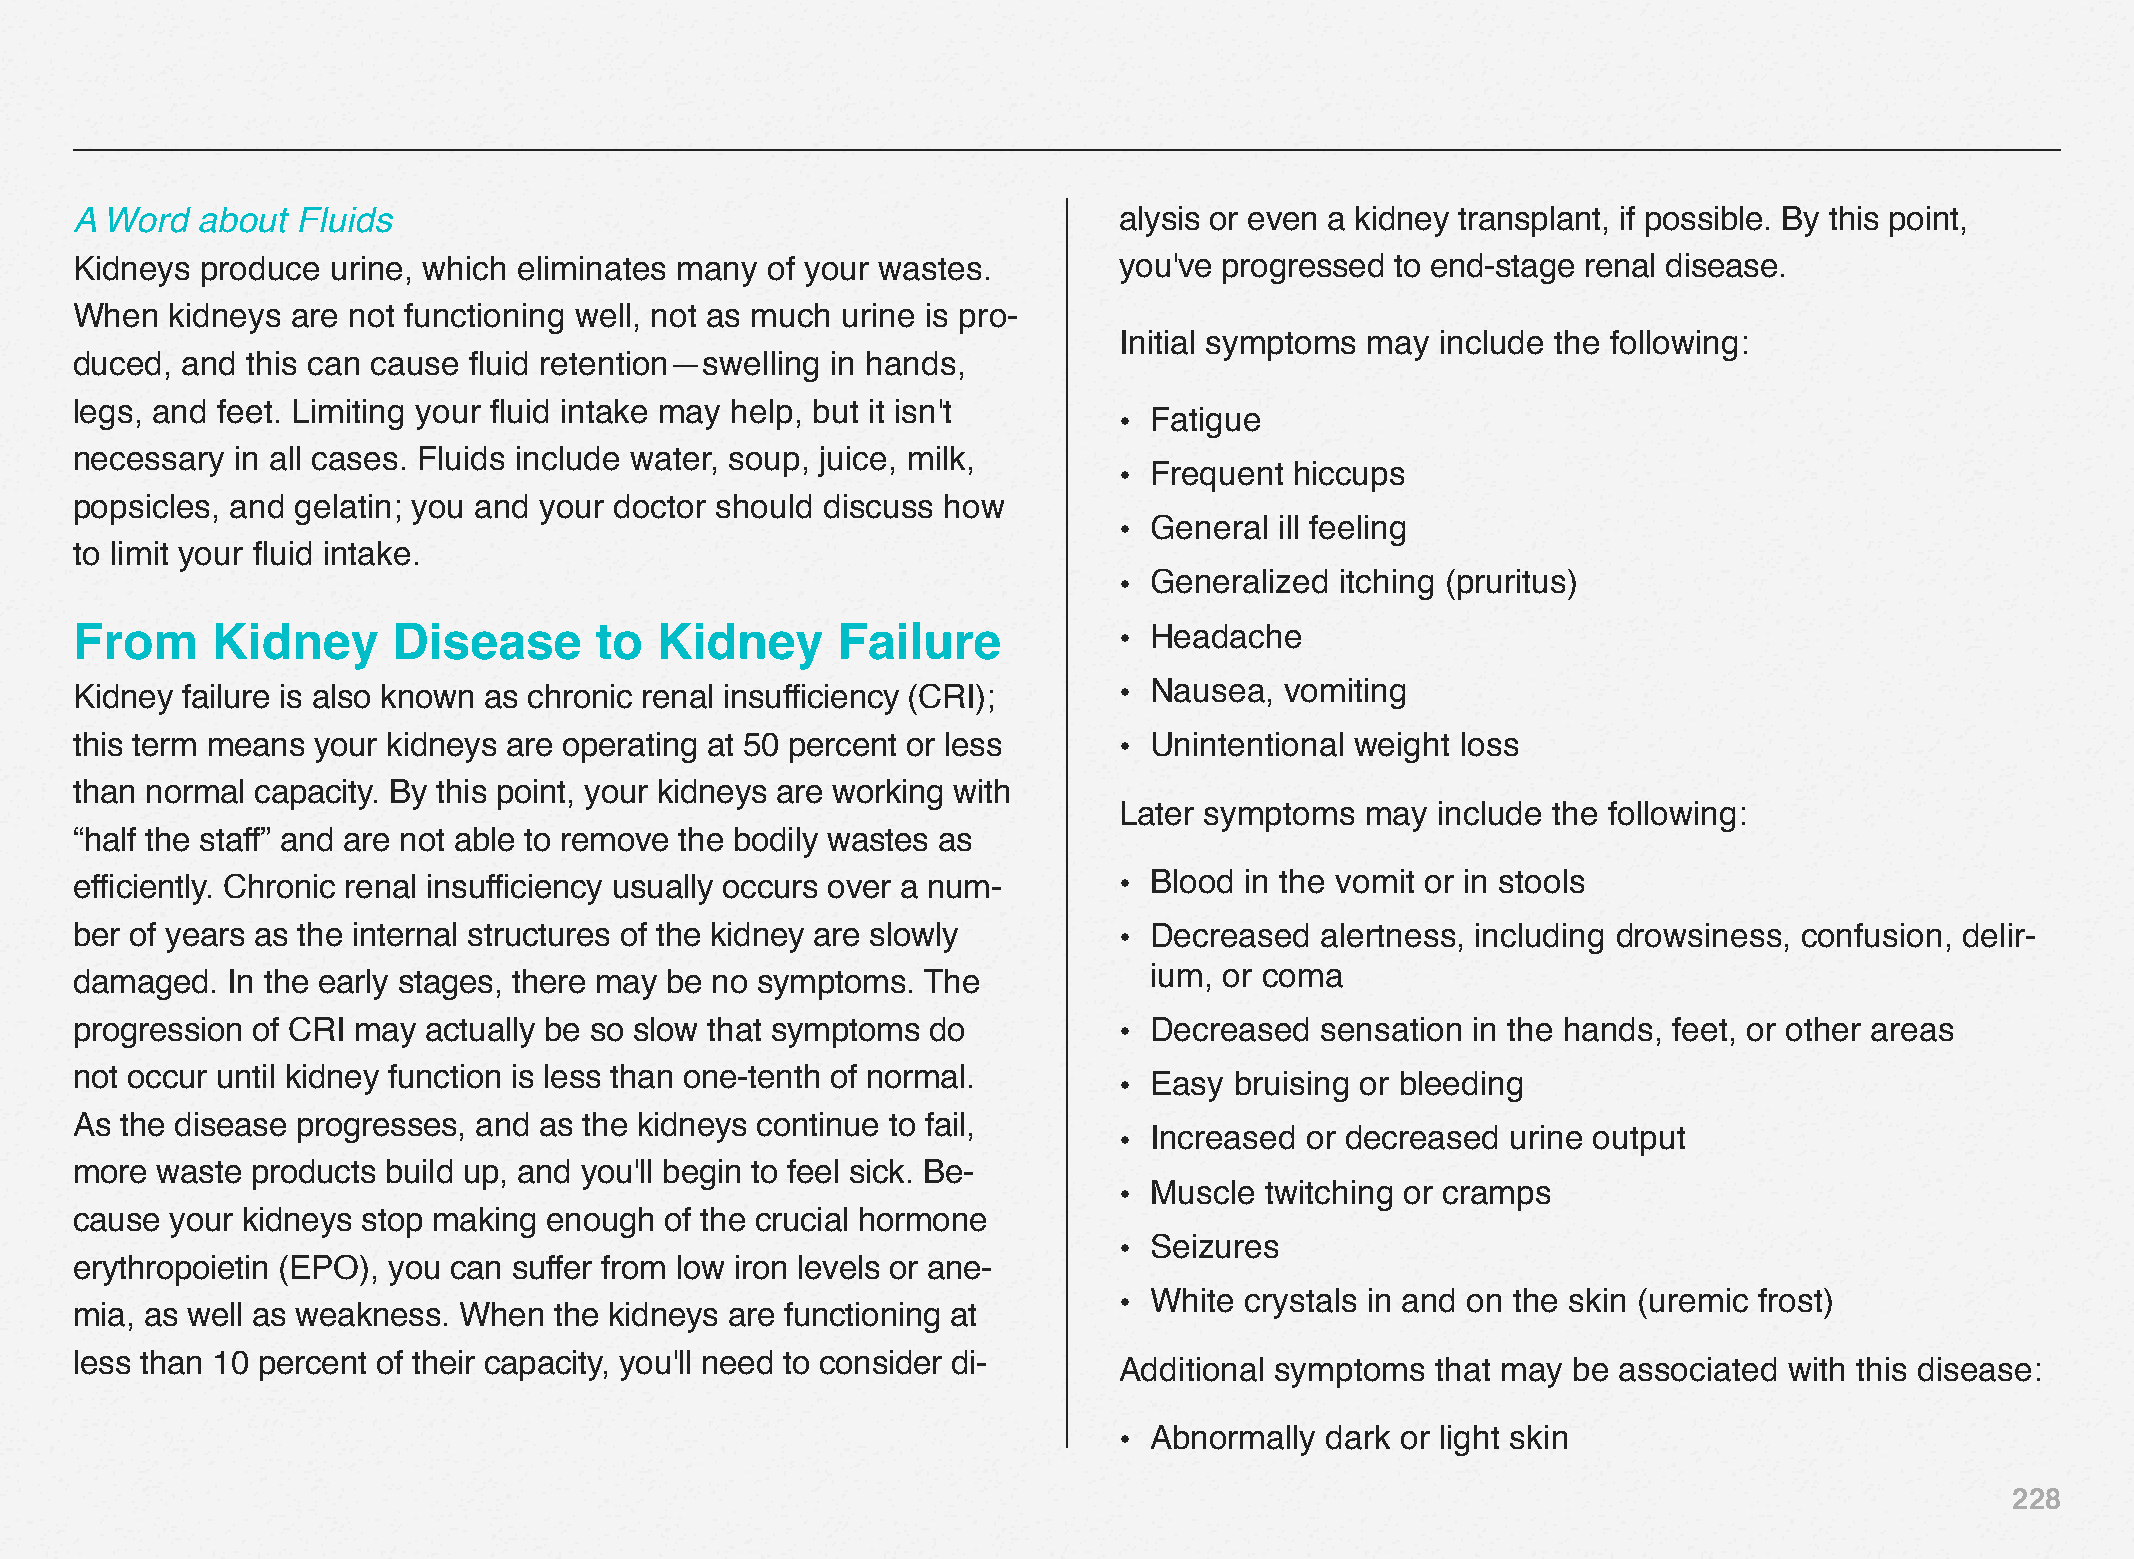
A Word  about  Fluids                                                alysis or even a kidney transplant, if possible. By this point,
 Kidneys produce  urine, which eliminates many of your wastes.        you've progressed to end-stage renal disease.
 When  kidneys are not functioning well, not as much urine is pro-
 Initial symptoms may include the following:
 duced, and this can cause fluid retention—swelling in hands,
 legs, and feet. Limiting your fluid intake may help, but it isn't
 • Fatigue
 necessary in all cases. Fluids include water, soup, juice, milk,
 • Frequent  hiccups
 popsicles, and gelatin; you and your doctor should discuss how
 • General  ill feeling
 to limit your fluid intake.
 • Generalized  itching (pruritus)
 From     Kidney      Disease      to  Kidney      Failure            • Headache
 Kidney failure is also known as chronic renal insufficiency (CRI);   • Nausea,  vomiting
 this term means your kidneys are operating at 50 percent or less     • Unintentional weight loss
 than normal capacity. By this point, your kidneys are working with
 Later symptoms  may  include the following:
 “half the staff” and are not able to remove the bodily wastes as
 efficiently. Chronic renal insufficiency usually occurs over a num-  • Blood in the vomit or in stools
 ber of years as the internal structures of the kidney are slowly     • Decreased  alertness, including drowsiness, confusion, delir-
 ium, or coma
 damaged.  In the early stages, there may be no symptoms. The
 progression of CRI may actually be so slow that symptoms do          • Decreased  sensation in the hands, feet, or other areas
 not occur until kidney function is less than one-tenth of normal.
 • Easy  bruising or bleeding
 As the disease progresses, and as the kidneys continue to fail,
 • Increased or decreased  urine output
 more waste  products build up, and you'll begin to feel sick. Be-
 • Muscle  twitching or cramps
 cause your kidneys stop making enough  of the crucial hormone
 • Seizures
 erythropoietin (EPO), you can suffer from low iron levels or ane-
 • White crystals in and on the skin (uremic frost)
 mia, as well as weakness. When  the kidneys are functioning at
 less than 10 percent of their capacity, you'll need to consider di-
 Additional symptoms  that may be associated with this disease:
 • Abnormally  dark or light skin
 228